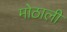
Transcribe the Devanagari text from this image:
माेठाली